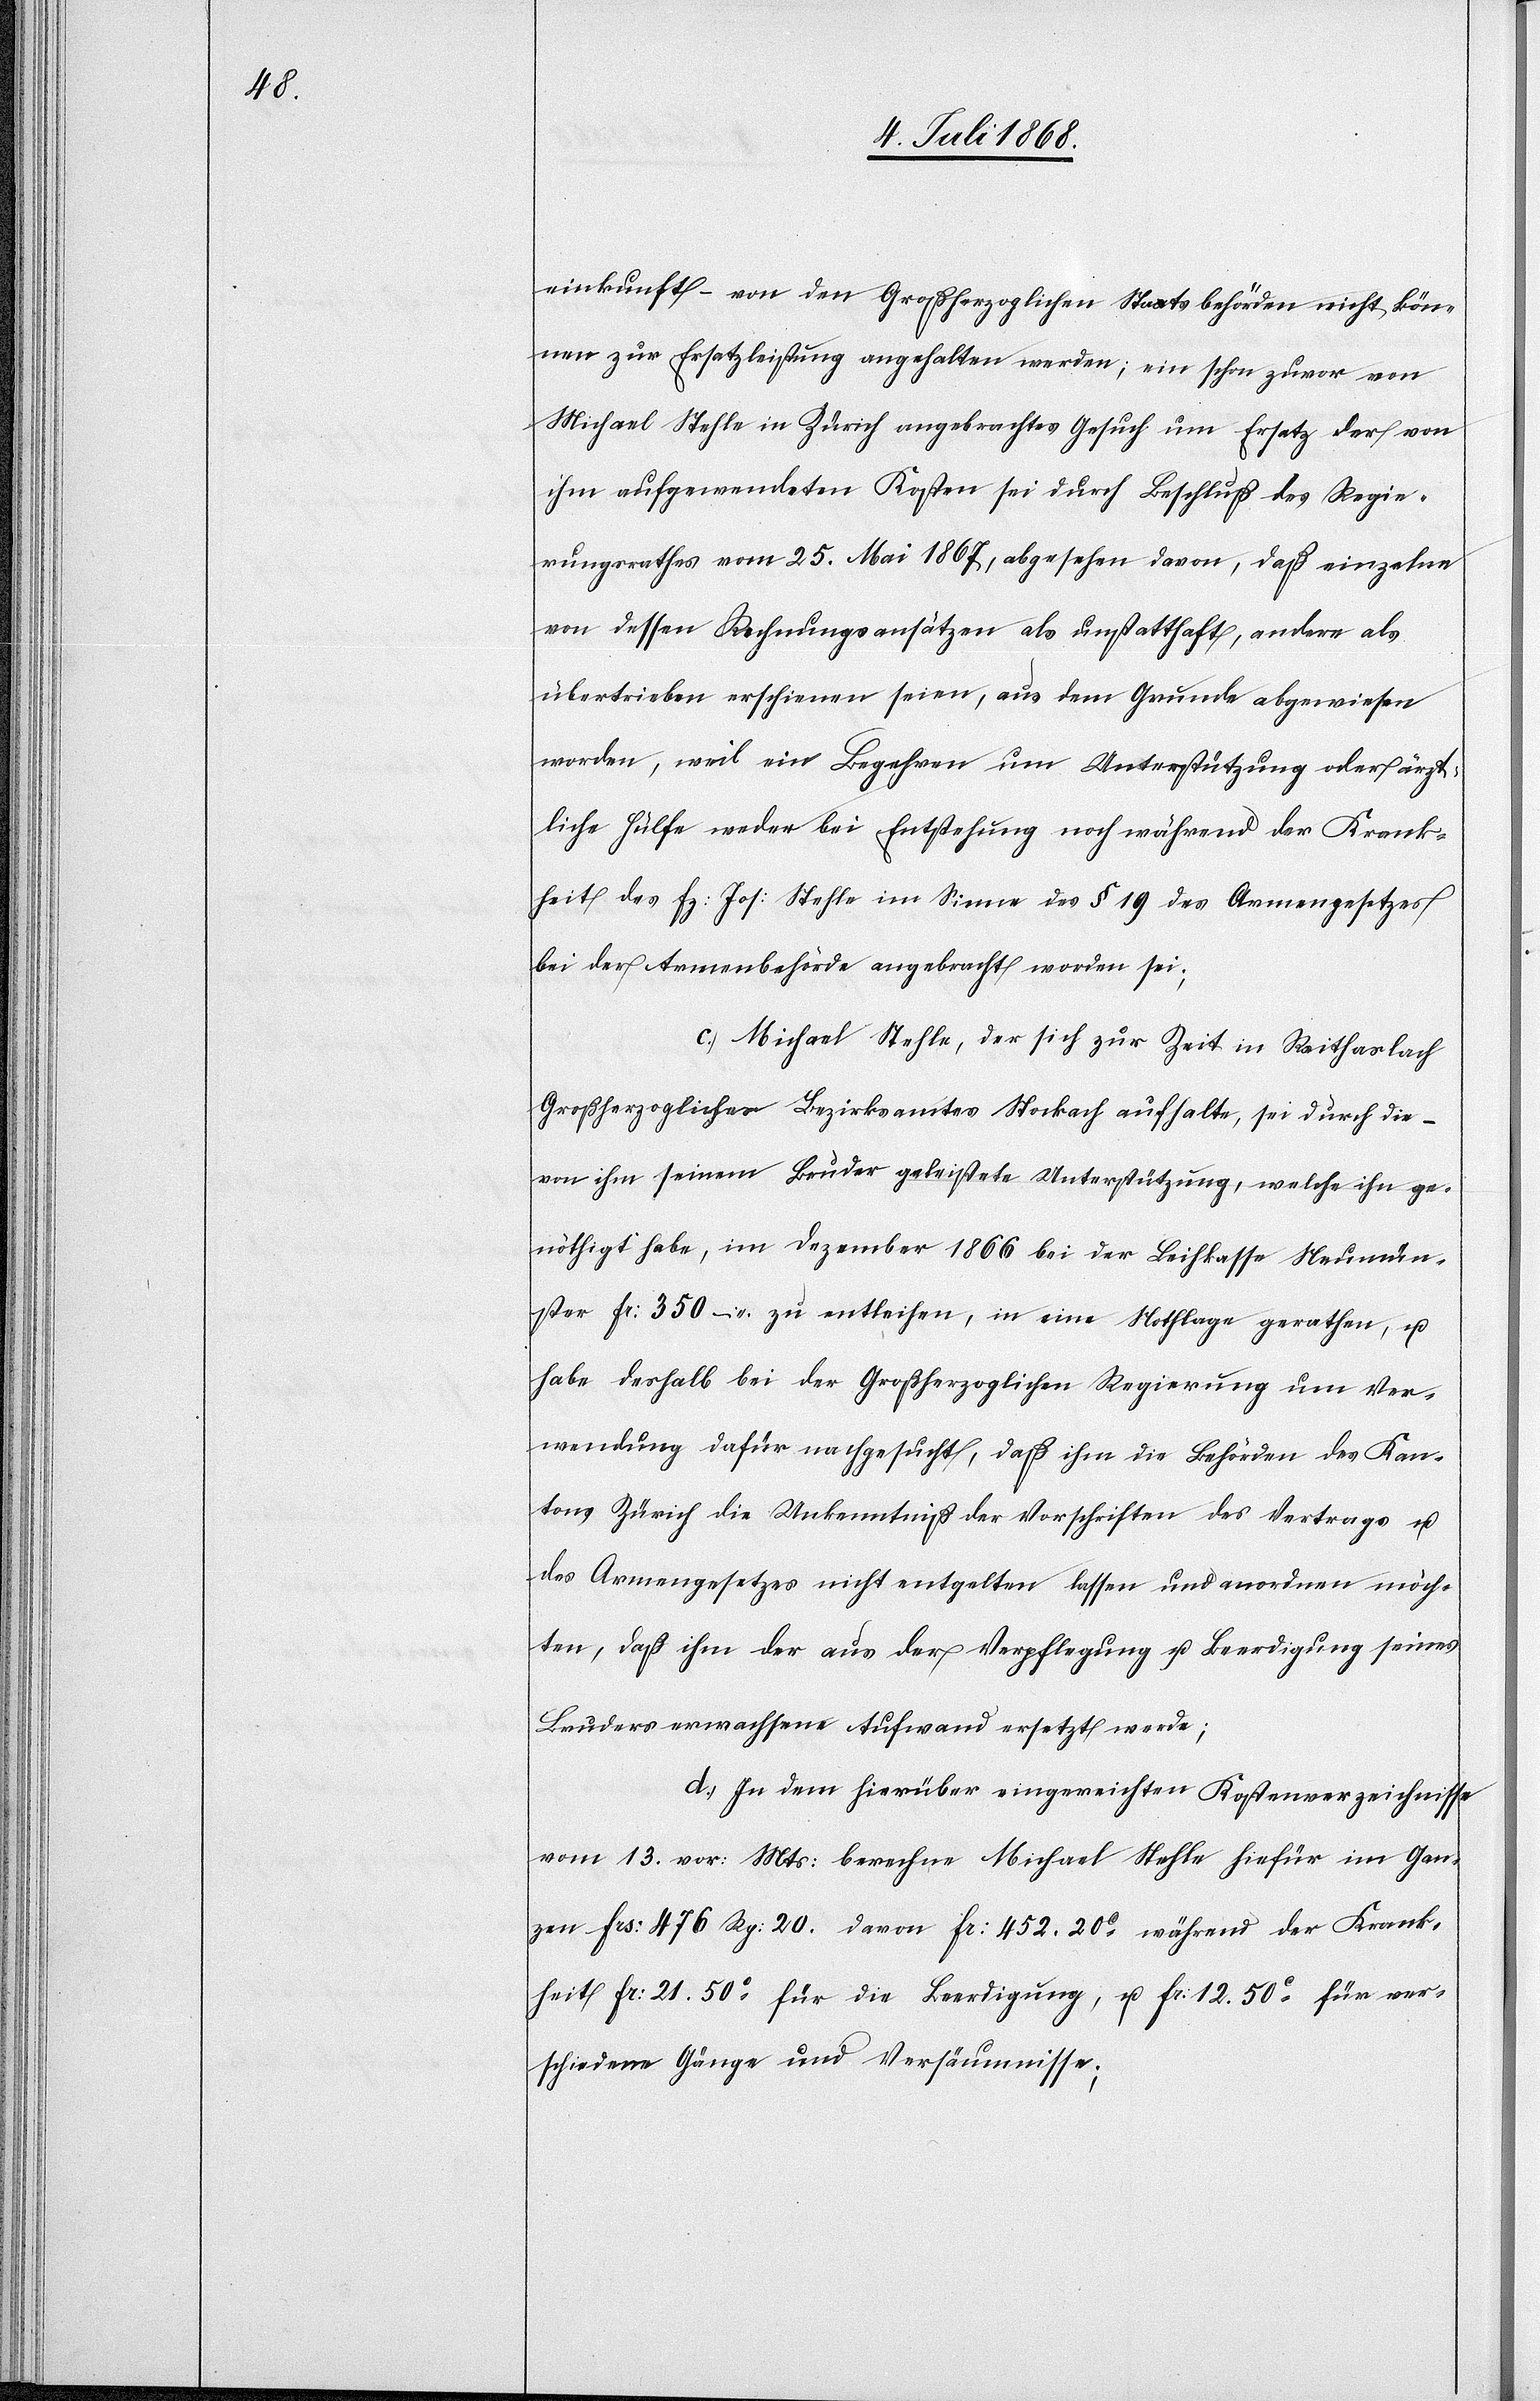
einkunft – von den Großherzoglichen Staatsbehörden nicht kön¬
nen zur Ersatzleistung angehalten werden; ein schon zuvor von
Michael Stehle in Zürich angebrachtes Gesuch um Ersatz der von
ihm aufgewendeten Kosten sei durch Beschluß des Regie¬
rungsrathes vom 25. Mai 1867, abgesehen davon, daß einzelne
von dessen Rechnungsansätzen als unstatthaft, andere als
übertrieben erschienen seien, aus dem Grunde abgewiesen
worden, weil ein Begehren um Unterstützung oder ärzt¬
liche Hülfe weder bei Entstehung noch während der Krank¬
heit des Fz: Jos: Stehle im Sinne des § 19 des Armengesetzes
bei der Armenbehörde angebracht worden sei;
c.) Michael Stehle, der sich zur Zeit in Raithaslach
Großherzoglichen Bezirksamtes Stockach aufhalte, sei durch die –
von ihm seinem Bruder geleistete Unterstützung, welche ihn ge¬
nöthigt habe, im Dezember 1866 bei der Leihkasse Neumün¬
ster Fr: 350 – zu entleihen, in eine Nothlage gerathen, u.
habe deshalb bei der Großherzoglichen Regierung um Ver¬
wendung dafür nachgesucht, daß ihm die Behörden des Kan¬
tons Zürich die Unkenntniß der Vorschriften des Vertrags u.
des Armengesetzes nicht entgelten lassen und anordnen möch¬
ten, daß ihm der aus der Verpflegung u. Beerdigung seines
Bruders erwachsene Aufwand ersetzt werde;
d.) In dem hierüber eingereichten Kostenverzeichnisse
vom 13. vor: Mts: berechne Michael Stehle hiefür im Gan¬
zen Frs: 476 Rp: 20. davon Fr: 452. 20c während der Krank¬
heit[,] Fr: 21. 50c für die Beerdigung, u. Fr. 12. 50c für ver¬
schiedene Gänge und Versäumnisse;